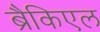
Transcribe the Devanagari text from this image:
ब्रैकिएल